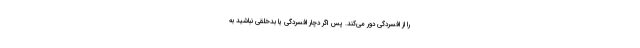
را از افسردگی دور می‌کند. پس اگر دچار افسردگی یا بدخلقی نباشید به‌